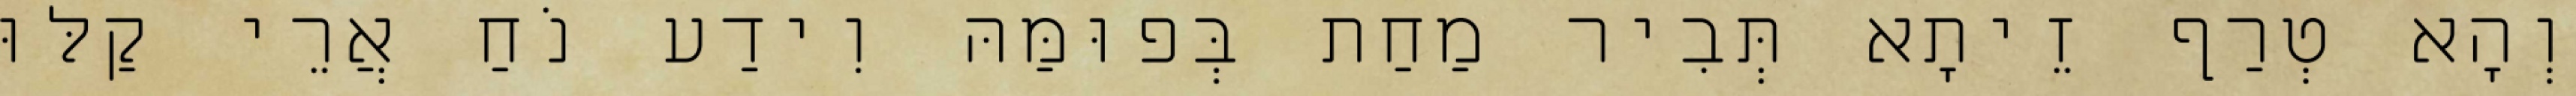
וְהָא טְרַף זֵיתָא תְּבִיר מַחַת בְּפוּמַּהּ וִידַע נֹחַ אֲרֵי קַלּוּ